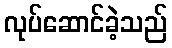
လုပ်ဆောင်ခဲ့သည်